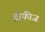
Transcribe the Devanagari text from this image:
ट्रोफीज